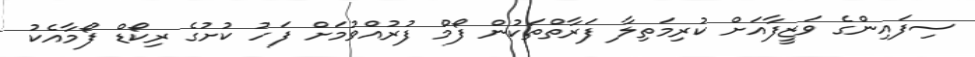
ސިފައިންގެ ވަޒީފާއަށް ކުރިމަތިލާ ފަރާތްތަކުން ފޯމް ފުރުއްވުމަށް ފަހު ކުށުގެ ރިކޯޑް ފޯމާއެކު